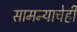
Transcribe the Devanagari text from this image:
सामन्याचेही